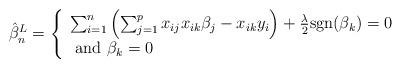
LaTeX: \begin{align*}\hat{\beta}^L_n = \left\{\begin{array}{l}\sum_{i=1}^{n} \left(\sum_{j=1}^{p} x_{ij}x_{ik}\beta_j - x_{ik}y_i\right)+\frac{\lambda}{2}\mbox{sgn}(\beta_k)=0 \\\mbox{ and } \beta_k=0\end{array} \right.\end{align*}